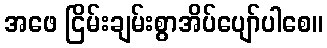
အဖေ ငြိမ်းချမ်းစွာအိပ်ပျော်ပါစေ။